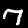
Digit: 7